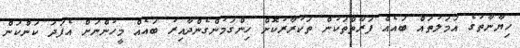
ހިޔާނާތުގެ އަމަލުތައް ބައެއް ފަރާތްތަކުން ތަކުރާރުކޮށް ހިންގަމުންގެންދާއިރު ބައެއް މީހުންނަށް އެފަދަ ކަންކަން